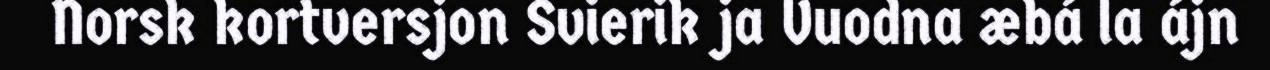
Norsk kortversjon Svierik ja Vuodna æbá la ájn